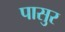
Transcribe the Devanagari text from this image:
पासुर